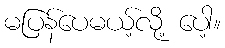
မပြန်ပေမယ့်လို့ ပေါ့။